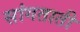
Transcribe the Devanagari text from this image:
सांगताती